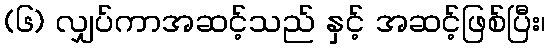
(၆) လျှပ်ကာအဆင့်သည် နှင့် အဆင့်ဖြစ်ပြီး၊